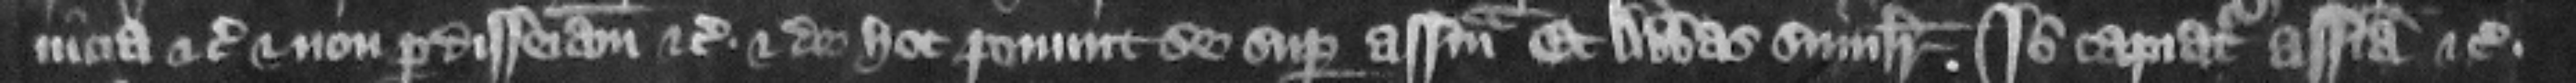
uicia etc. et non per disseisinam etc. Et de hoc ponunt se super assisam. Et abbas similiter. Ideo capiatur assisa etc.